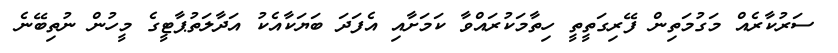
ސަރުކާރެއް މަގުމަތިން ފޭރިގަތީތީ ހިތާމަކުރައްވާ ކަމަށާއި އެފަދަ ބަޔަކާއެކު އަދާލަތުޕާޓީގެ މީހުން ނުތިބޭނެ